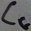
Text: CG